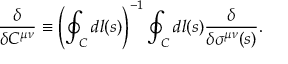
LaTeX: { \frac { \delta } { \delta C ^ { \mu \nu } } } \equiv \left( \oint _ { C } d l ( s ) \right) ^ { - 1 } \oint _ { C } d l ( s ) { \frac { \delta } { \delta \sigma ^ { \mu \nu } ( s ) } } .